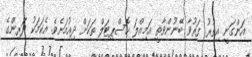
އަންގަނީ އިތުރު ފަރުވާ ބޭނުންވާތީ އަމިއްލަ ހޮސްޕިޓަލް ތަކަށް ދިއުމަށެވެ. އެކަމަކު ދަރިންގެ